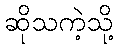
ဆိုသကဲ့သို့